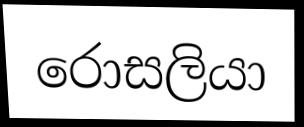
රොසලියා